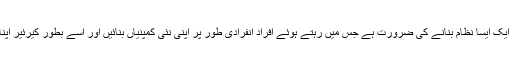
ہمیں ایک ایسا نظام بنانے کی ضرورت ہے جس میں رہتے ہوئے افراد انفرادی طور پر اپنی نئی کمپنیاں بنائیں اور اسے بطور کیرئیر اپنا لیں۔